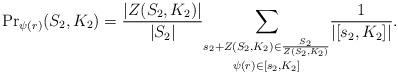
LaTeX: \begin{align*}{\Pr}_{\psi (r)}(S_2, K_2) = \frac {|Z(S_2, K_2)|}{|S_2|}\underset{\psi (r)\in [s_2, K_2]}{\underset{s_2 + Z(S_2, K_2)\in\frac {S_2}{Z(S_2, K_2)}}\sum}\frac {1}{|[s_2,K_2]|}.\end{align*}